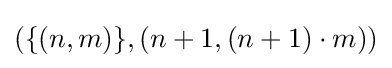
(\{(n,m)\},(n+1,(n+1)\cdot m))